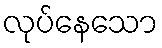
လုပ်နေသော